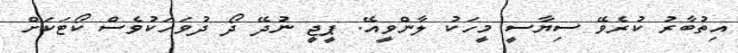
އިތުބާރު ކުރެވޭ ސިޔާސީ މީހަކު ލާންވީއޭ. ޕީޖީ ނުދޭ ދޯ ދުވަހަކުވެސް ކޯޓަކަށް